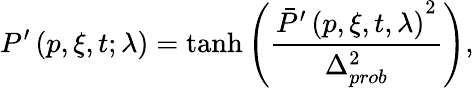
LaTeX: P^{\prime}\left(p,\xi,t;\mathbf{\lambda}\right)=\operatorname{tanh}\left(\frac{{\bar{P}^{\prime}\left(p,\xi,t,\mathbf{\lambda}\right)}^{2}}{\Delta_{prob}^{2}}\right),